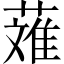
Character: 𬝴